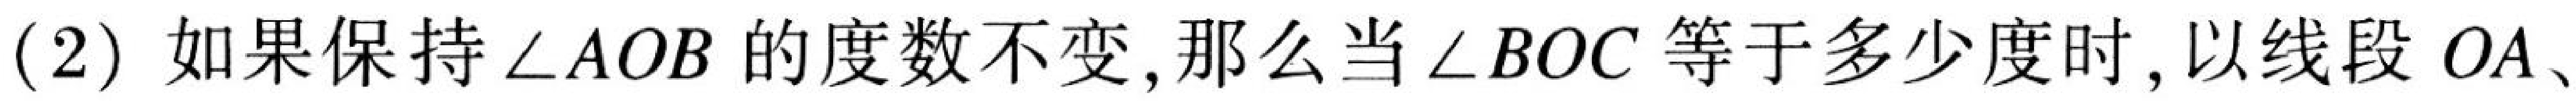
(2) 如果保持\(\angle AOB\)的度数不变, 那么当\(\angle BOC\)等于多少度时, 以线段\(OA\)、